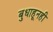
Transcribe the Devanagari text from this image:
बुधाहूनही